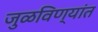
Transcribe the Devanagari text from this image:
जुळविण्यांत